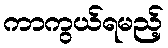
ကာကွယ်ရမည့်